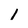
Character: 1